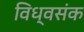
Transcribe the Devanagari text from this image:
विध्वसंक